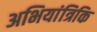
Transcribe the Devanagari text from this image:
अभियांत्रिकि